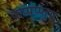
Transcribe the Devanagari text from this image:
कप्पप्प्तुय्